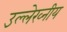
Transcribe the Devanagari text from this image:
उल्लेख्नीय